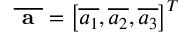
\overline { { \textbf { a } } } = \left[ \overline { { a _ { 1 } } } , \overline { { a _ { 2 } } } , \overline { { a _ { 3 } } } \right] ^ { T }